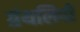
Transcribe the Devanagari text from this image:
ग्रंथलिपी